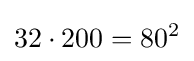
32\cdot 200=80^{2}